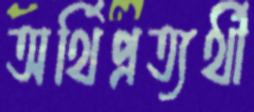
অর্থিপ্রত্যর্থী